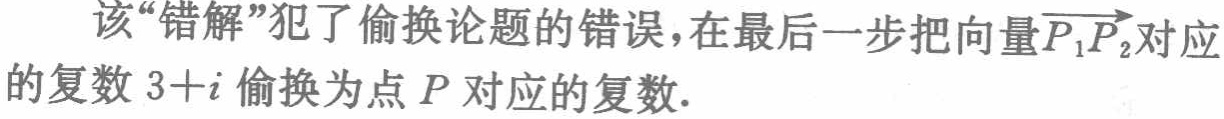
该“错解”犯了偷换论题的错误，在最后一步把向量\(\overrightarrow{P_{1}P_{2}}\)对应的复数\(3 + i\)偷换为点\(P\)对应的复数.